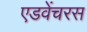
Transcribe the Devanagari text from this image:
एडवेंचरस